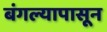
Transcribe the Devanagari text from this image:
बंगल्यापासून